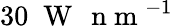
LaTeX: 30\; \mathrm{~W~}\, \mathrm{~n~m~}^{-1}